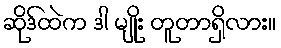
ဆိုဒ်ထဲက ဒါ မျိုး တူတာရှိလား။